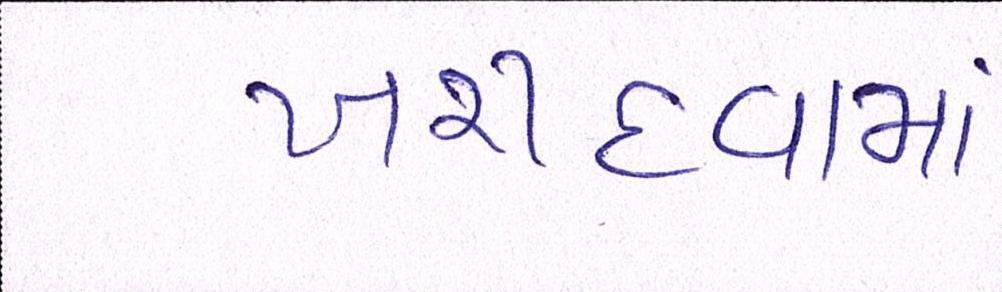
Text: ખરીદવામાં